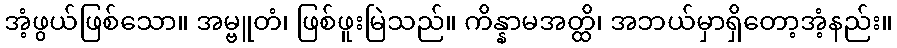
အံ့ဖွယ်ဖြစ်သော။ အမ္ဗူတံ၊ ဖြစ်ဖူးမြဲသည်။ ကိန္နာမအတ္ထိ၊ အဘယ်မှာရှိတော့အံ့နည်း။